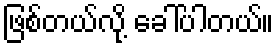
ဖြစ်တယ်လို့ ခေါ်ပါတယ်။